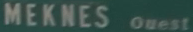
MEKNES Ouest